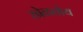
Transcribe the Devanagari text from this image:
खेळतोय